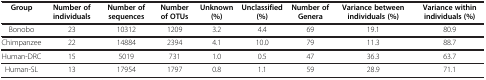
| Group | Number of individuals | Number of sequences | Number of OTUs | Unknown (%) | Unclassified (%) | Number of Genera | Variance between individuals (%) | Variance within individuals (%) |
 | --- | --- | --- | --- | --- | --- | --- | --- | --- |
 | Bonobo | 23 | 10312 | 1209 | 3.2 | 4.4 | 69 | 19.1 | 80.9 |
 | Chimpanzee | 22 | 14884 | 2394 | 4.1 | 10.0 | 79 | 11.3 | 88.7 |
 | Human-DRC | 15 | 5019 | 731 | 1.0 | 0.5 | 47 | 36.3 | 63.7 |
 | Human-SL | 13 | 17954 | 1797 | 0.8 | 1.1 | 59 | 28.9 | 71.1 |